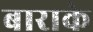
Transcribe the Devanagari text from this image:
बाराके